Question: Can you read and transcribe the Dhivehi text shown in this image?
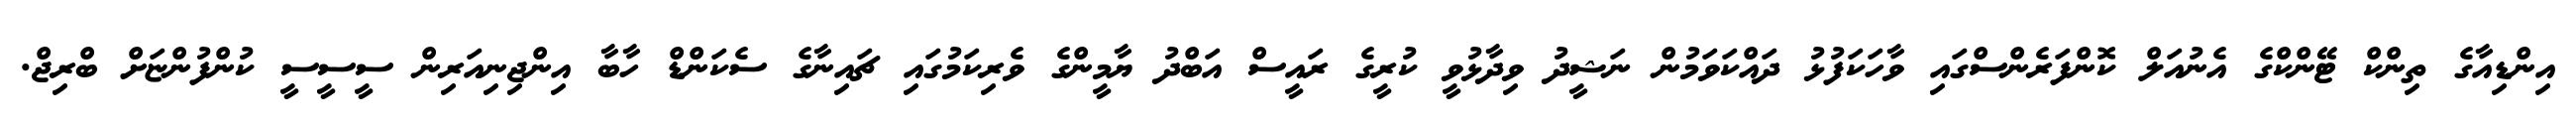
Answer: އިންޑިއާގެ ތިންކް ޓޭންކްގެ އެނުއަލް ކޮންފަރެންސްގައި ވާހަކަފުޅު ދައްކަވަމުން ނަޝީދު ވިދާޅުވީ ކުރީގެ ރައީސް އަބްދު ޔާމީންގެ ވެރިކަމުގައި ޗައިނާގެ ސެކަންޑް ހާބާ އިންޖިނިއަރިން ސީސީސީ ކުންފުންޏަށް ބްރިޖް.